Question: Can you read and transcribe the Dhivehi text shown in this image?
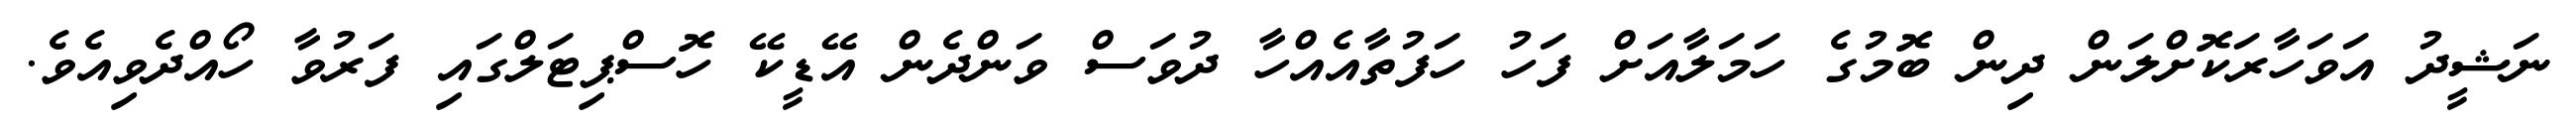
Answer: ނަޝީދު އަވަހާރަކޮށްލަން ދިން ބޮމުގެ ހަމަލާއަށް ފަހު ހަފުތާއެއްހާ ދުވަސް ވަންދެން އޭޑީކޭ ހޮސްޕިޓަލްގައި ފަރުވާ ހޯއްދެވިއެވެ.